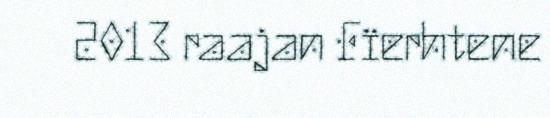
2013 raajan Fïerhtene